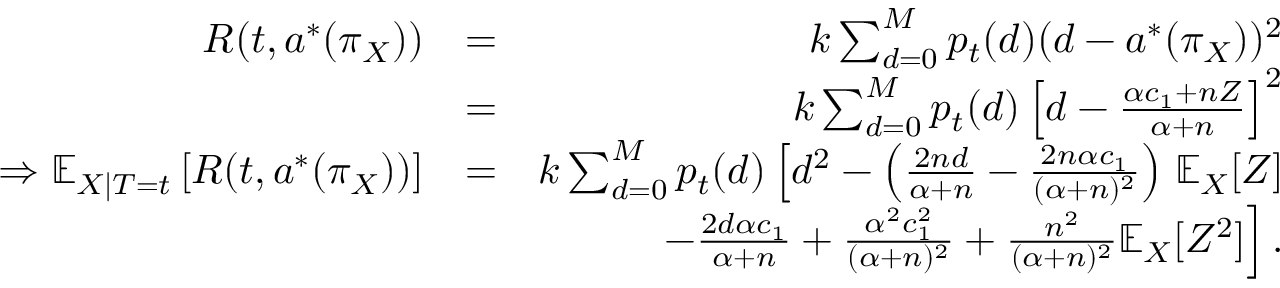
\begin{array} { r l r } { R ( t , a ^ { * } ( \pi _ { X } ) ) } & { = } & { k \sum _ { d = 0 } ^ { M } p _ { t } ( d ) ( d - a ^ { * } ( \pi _ { X } ) ) ^ { 2 } } \\ & { = } & { k \sum _ { d = 0 } ^ { M } p _ { t } ( d ) \left[ d - \frac { \alpha c _ { 1 } + n Z } { \alpha + n } \right] ^ { 2 } } \\ { \Rightarrow \mathbb { E } _ { X | T = t } \left[ R ( t , a ^ { * } ( \pi _ { X } ) ) \right] } & { = } & { k \sum _ { d = 0 } ^ { M } p _ { t } ( d ) \left[ d ^ { 2 } - \left( \frac { 2 n d } { \alpha + n } - \frac { 2 n \alpha c _ { 1 } } { ( \alpha + n ) ^ { 2 } } \right) \right. \mathbb { E } _ { X } [ Z ] } \\ & { } & { \left. - \frac { 2 d \alpha c _ { 1 } } { \alpha + n } + \frac { \alpha ^ { 2 } c _ { 1 } ^ { 2 } } { ( \alpha + n ) ^ { 2 } } + \frac { n ^ { 2 } } { ( \alpha + n ) ^ { 2 } } \mathbb { E } _ { X } [ Z ^ { 2 } ] \right] . } \end{array}